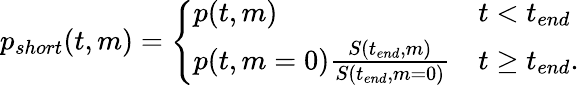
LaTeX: \begin{array}{r}{p_{short}(t,m)=\left\{ \begin{array}{ll}{p(t,m)}&{t<t_{end}}\\ {p(t,m=0)\frac{S(t_{end},m)}{S(t_{end},m=0)}}&{t\geq t_{end}.}\end{array}\right.}\end{array}